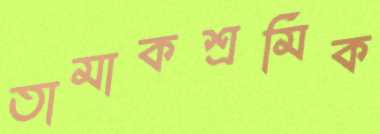
তামাকশ্রমিক